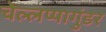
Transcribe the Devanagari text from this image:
चेल्लप्पागुंडर